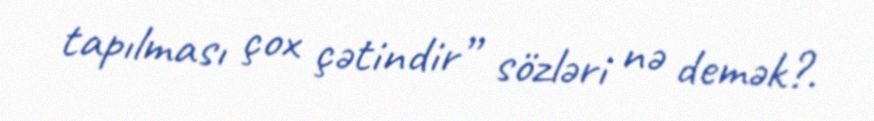
tapılması çox çətindir” sözləri nə demək?.